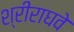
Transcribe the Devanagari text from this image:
श्रीराघवे